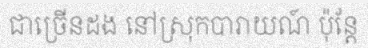
ជាច្រើនដង នៅស្រុកបារាយណ៍ ប៉ុន្តែ